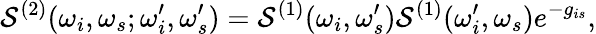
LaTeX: \mathcal{S}^{(2)}(\omega_{i},\omega_{s};\omega_{i}^{\prime},\omega_{s}^{\prime})=\mathcal{S}^{(1)}(\omega_{i},\omega_{s}^{\prime})\mathcal{S}^{(1)}(\omega_{i}^{\prime},\omega_{s})e^{-g_{is}},